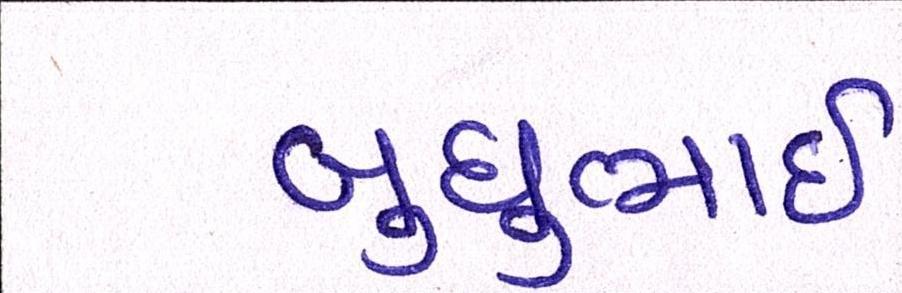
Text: બુધુભાઇ